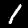
Label: 1